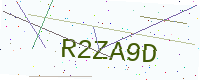
Text: R2ZA9D